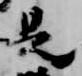
是